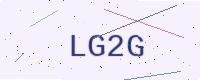
Text: LG2G